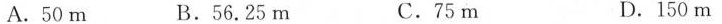
A.50m B.56.25m C.75m D.150m